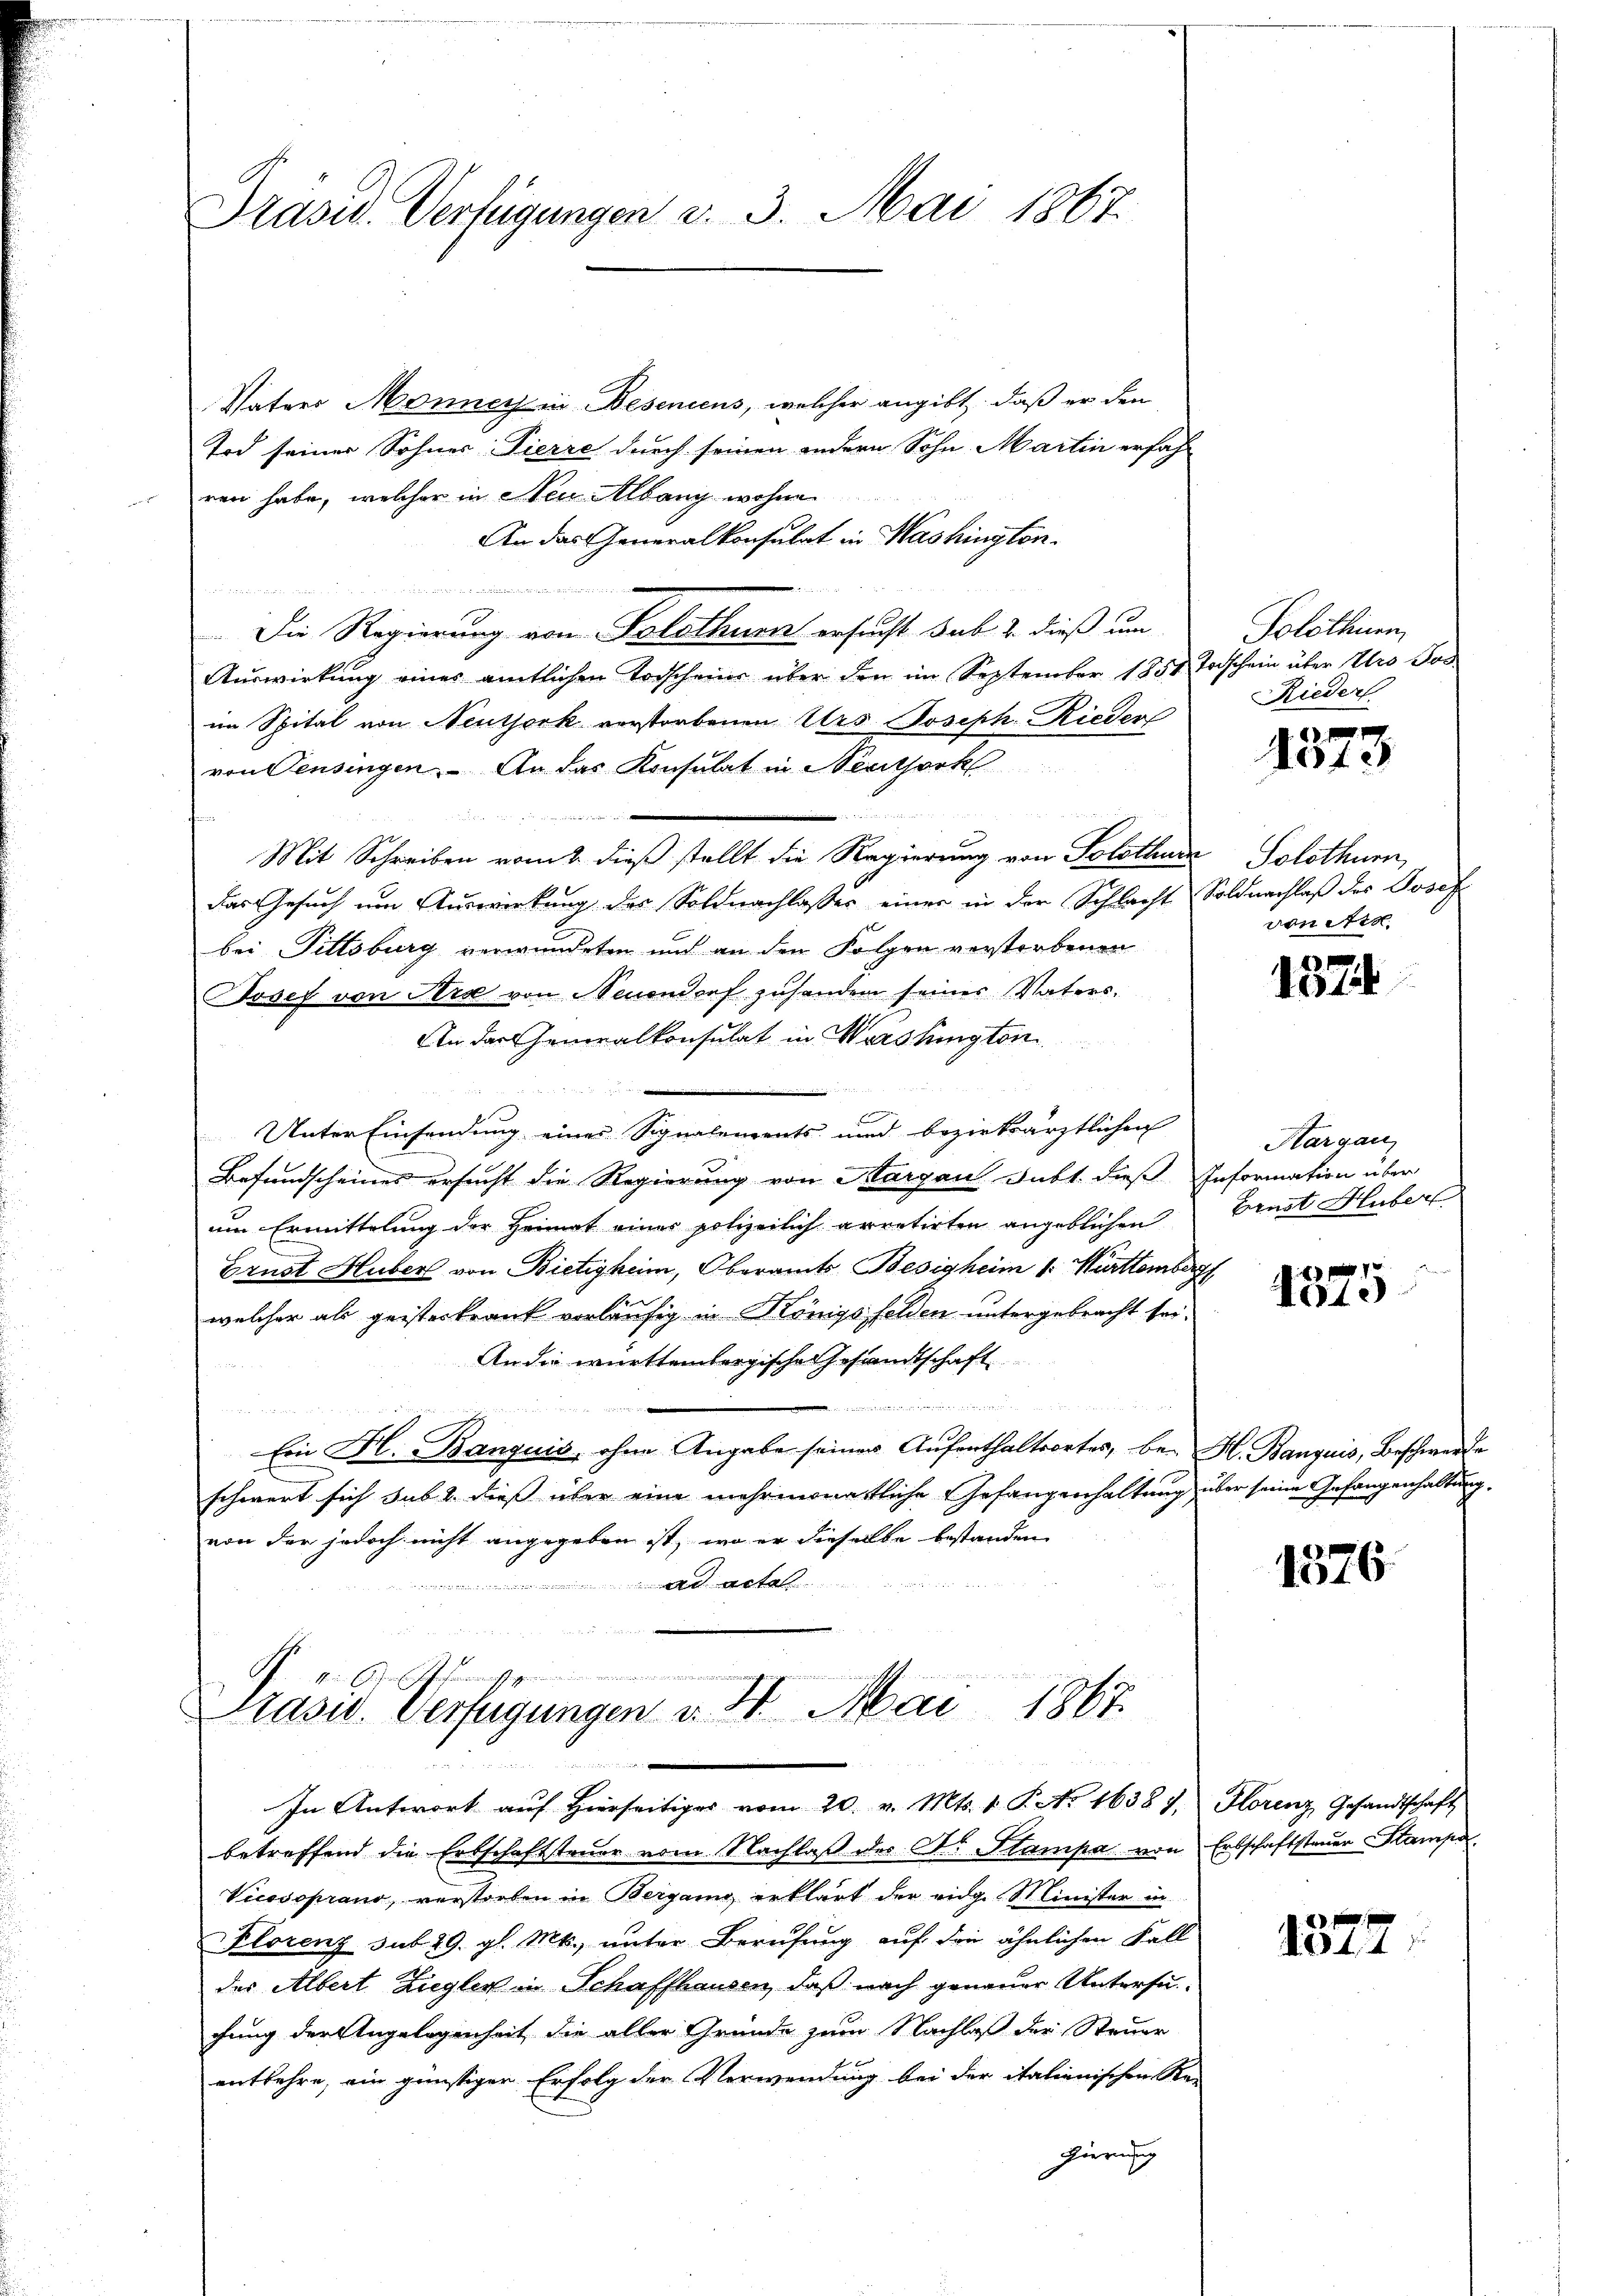
Präsid. Verfügungen u. 3. Mai 1867.

Vaters Monner in Besenicus, welcher angibt, daß er den
Tod seiner Sohnes: Pierre durch seinen andern Sohn Martin erfahr
ren habe, welcher in Neu Albang wohne
An das Generalkonsulat in Washington

e
Die Regierung von Solothurn ersucht sub 2. dieß um
Auswirkung eines amtlichen Vorscheine über den im September 1858 Taschein über Iro Jos
im Spital von Neutjork verstorbenen Urs Joseph Rieder
von Pensingen. An das Konsulat in Neuthork
n

Mit Schreiben vom 1. dieß stellt die Regierung von Solothur Solothurn,
das Gesuch um Auswirkung des Soldnachlasser einer in der Schlacht Soldnachlaß des Josef
bei Pittsburg verwundeten und an den Folgen verstorbenen
Josef von Perse von Neuendorf zuhanden seiner Vaters¬
An das Generalkonsulat in Washington
Unter Einsendung einer Signalements und bezirksärztlichen
Befundscheines ersucht die Regierung von Aargau Subt. dieß Information über
um Ermittelung der Heimat einer polizeilich arretirten angeblichen Ernst Huber
Ernst Huber von Bietigheim, Oberamts Besigheim 1. Württemberg
welcher als geisteskrank vorläufig in Königsfelden untergebracht sei¬
An die württembergische Gesandtschaft
 einer werden
un
Ein Fl. Banquis, ohne Angabe seiner Aufenthaltsortes, be- H. Banquis, Beschwerde
schwert sich sub 2 dieß über eine mehrmonatliche Gefangenhaltung über seine Gefangenhaltung
von der jedoch nicht angegeben ist, wo er dieselbe bestanden

A
de

.............
Prasw. Verfügungen v. 4. Mai 1867.
1
In Antwort auf hierseitiges vom 20. v. Mts. v. P. No. 1638). Florenz, Gesandtschaft

betreffend die Erbschaftsteuer vom Nachlaβ des Dr. Stampa von Erbschaftsteuer Stamp
Vicosoprano, verstorben in Bergang erklärt der eidge Minister in
Klorenz sub 29. gl. Mts., unter Berufung auf die ähnlichen Fall
des Albert Ziegler in Schaffhausen, daß nach genauer Untersufung der Angelegenheit die aller Gründe zum Nachlaß der Steuer
entbehre, ein günstiger Erfolg der Verwendung bei der italienischen Re-
gierung

Solothurn
Rieder

Note

von etc.

1574

Hargau,

1575

1576

1327